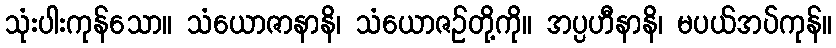
သုံးပါးကုန်သော။ သံယောဇာနာနိ၊ သံယောဇဉ်တို့ကို။ အပ္ပဟီနာနိ၊ မပယ်အပ်ကုန်။